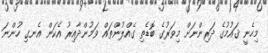
މިހެނީ ޤައުމުގެ ދަރިންނަށް މިވަރުގެ ބޮޑެތި ގެއްލުންތައް ވަމުންދާއިރު އެކަން އެނގި ހުންނަ